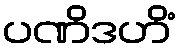
ပဏိဒဟိံ